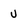
Character: v